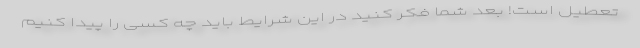
تعطیل است! بعد شما فکر کنید در این شرایط باید چه کسی را پیدا کنیم